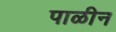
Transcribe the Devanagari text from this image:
पाळीन